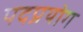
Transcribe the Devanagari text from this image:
पदप्रयोग